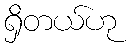
ရှိတယ်ဟု